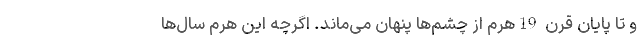
و تا پایان قرن 19هرم از چشم‌ها پنهان می‌ماند. اگرچه این هرم سال‌ها